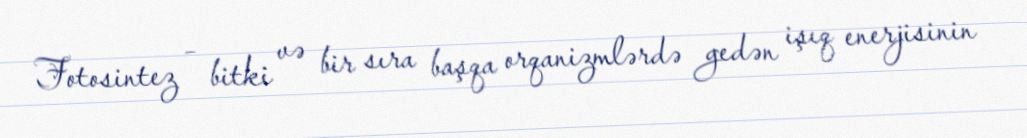
Fotosintez – bitki və bir sıra başqa orqanizmlərdə gedən işıq enerjisinin